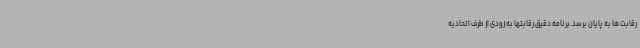
رقابت ها به پایان برسد.برنامه دقیق رقابتها به زودی از طرف اتحادیه